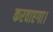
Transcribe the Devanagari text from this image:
करवाएगा।